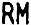
RM